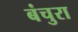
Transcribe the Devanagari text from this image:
बंचुरा